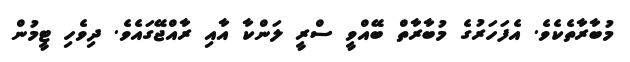
މުބާރާތެކެވެ. އެފަހަރުގެ މުބާރާތް ބޭއްވީ ސްރީ ލަންކާ އާއި ރާއްޖޭގައެވެ. ދިވެހި ޓީމުން